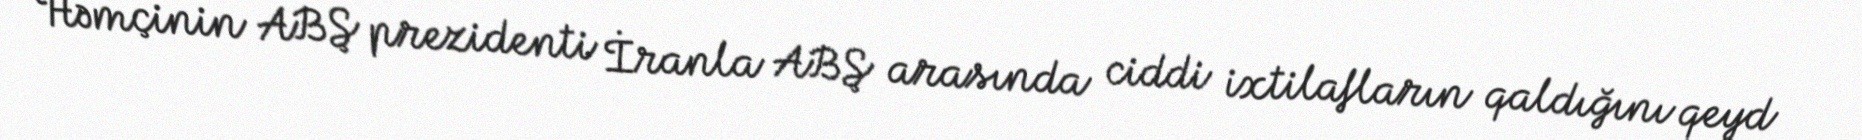
Həmçinin ABŞ prezidenti İranla ABŞ arasında ciddi ixtilafların qaldığını qeyd